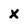
Character: X